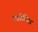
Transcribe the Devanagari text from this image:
गडोलिया